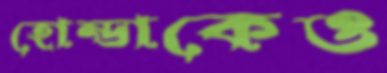
হোন্ডাকেও